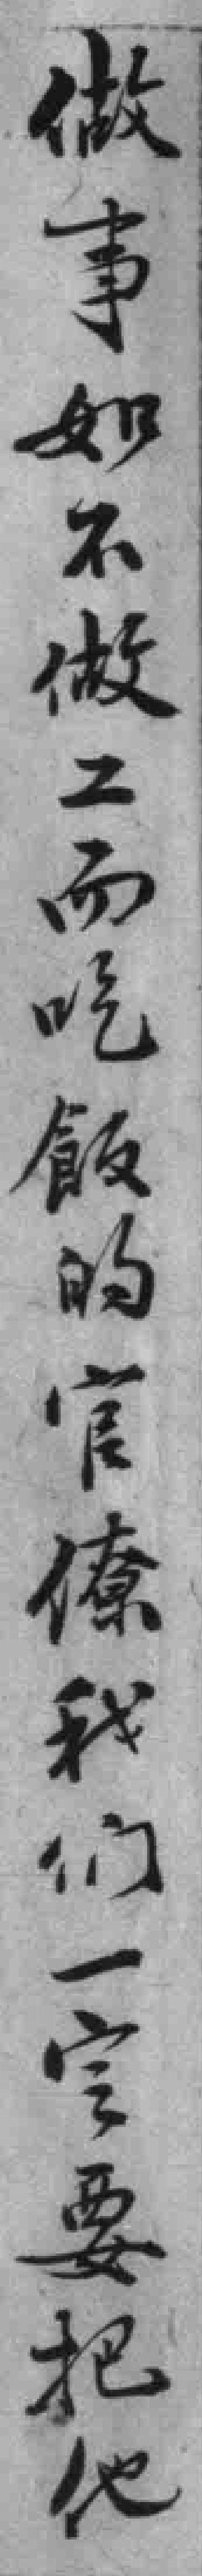
做事如不做工而吃飯的官僚我们一定要把他